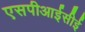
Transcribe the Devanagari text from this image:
एसपीआईसीई